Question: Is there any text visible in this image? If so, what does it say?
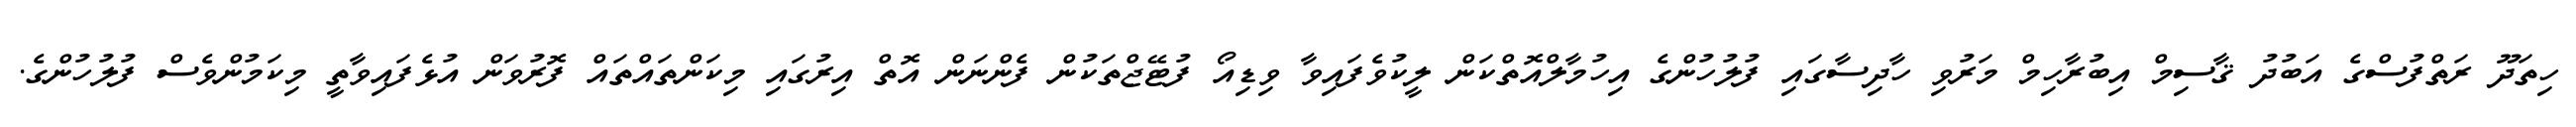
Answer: ހިތަދޫ ރަތްފުސްގެ އަބުދު ޤާސިމް އިބުރާހިމް މަރުވި ހާދިސާގައި ފުލުހުންގެ އިހުމާލްއޮތްކަން ލީކުވެފައިވާ ވިޑިއޯ ފުޓޭޖްތަކުން ފެންނަން އޮތް އިރުގައި މިކަންތައްތައް ފޮރުވަން އުޅެފައިވާތީ މިކަމުންވެސް ފުލުހުންގެ.